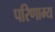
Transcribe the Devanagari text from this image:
परिणाम्य